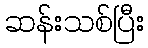
ဆန်းသစ်ပြီး